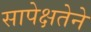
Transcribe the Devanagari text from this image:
सापेक्षतेने